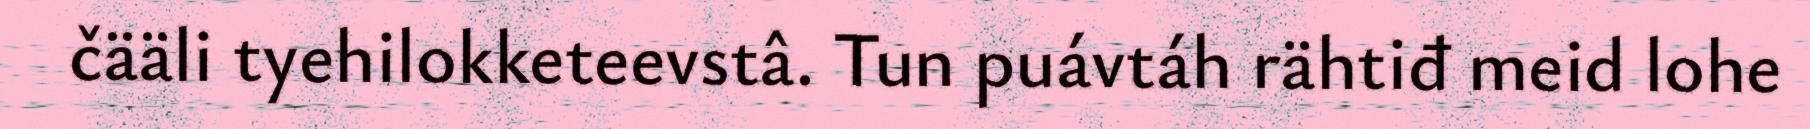
čääli tyehilokketeevstâ. Tun puávtáh rähtiđ meid lohe